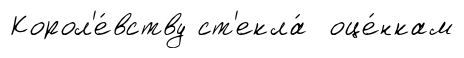
Корол'е́вству ст'екла́ оце́нкам